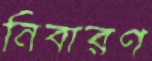
নিবারণ